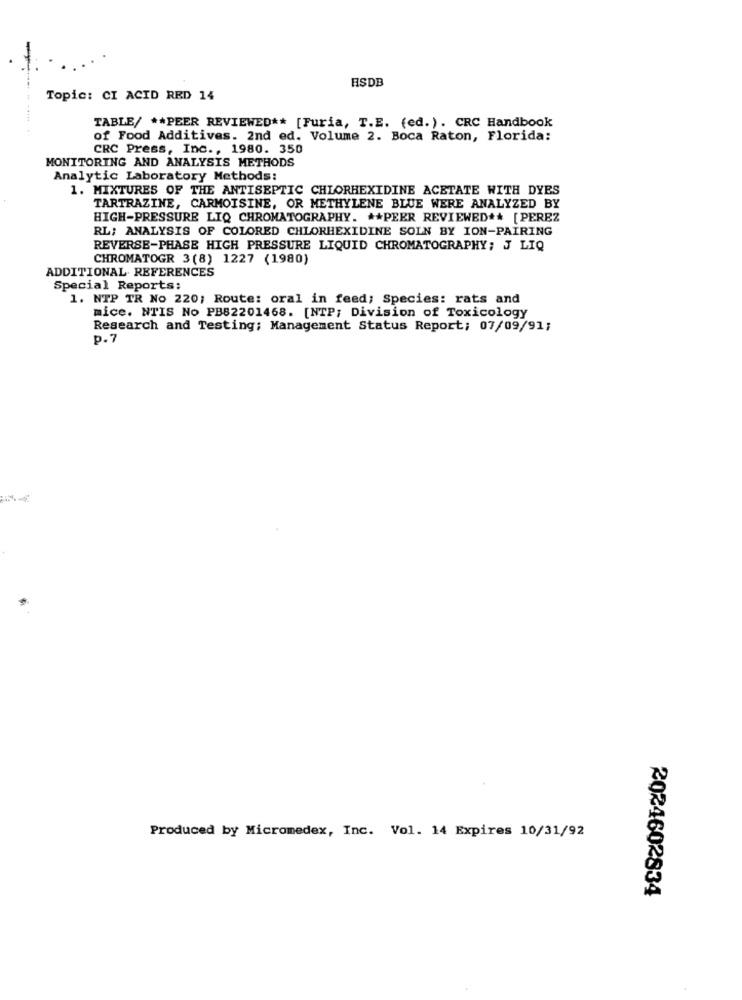
HSDB
Topic: CI ACID RED 14
TABLE/ ** PEER REVIEWED ** [Furia, T.E. (ed.). CRC Handbook
of Food Additives. 2nd ed. Volume 2. Boca Raton, Florida:
CRC Press, Inc ., 1980. 350
MONITORING AND ANALYSIS METHODS
Analytic Laboratory Methods:
1. MIXTURES OF THE ANTISEPTIC CHLORHEXIDINE ACETATE WITH DYES
TARTRAZINE, CARMOISINE, OR METHYLENE BLUE WERE ANALYZED BY
HIGH-PRESSURE LIQ CHROMATOGRAPHY. ** PEER REVIEWED ** [PEREZ
RL; ANALYSIS OF COLORED CHLORHEXIDINE SOLN BY ION-PAIRING
REVERSE-PHASE HIGH PRESSURE LIQUID CHROMATOGRAPHY; J LIQ
CHROMATOGR 3(8) 1227 (1980)
ADDITIONAL. REFERENCES
Special Reports:
1. NTP TR No 220; Route: oral in feed; Species: rats and
mice. NTIS No PB82201468. [NTP; Division of Toxicology
Research and Testing; Management Status Report; 07/09/91;
p.7
Produced by Micromedex, Inc. Vol. 14 Expires 10/31/92
2024602834